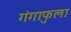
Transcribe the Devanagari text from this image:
गंगाफुला